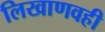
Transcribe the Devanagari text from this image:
लिखाणवही